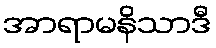
အာရာမနိသာဒီ